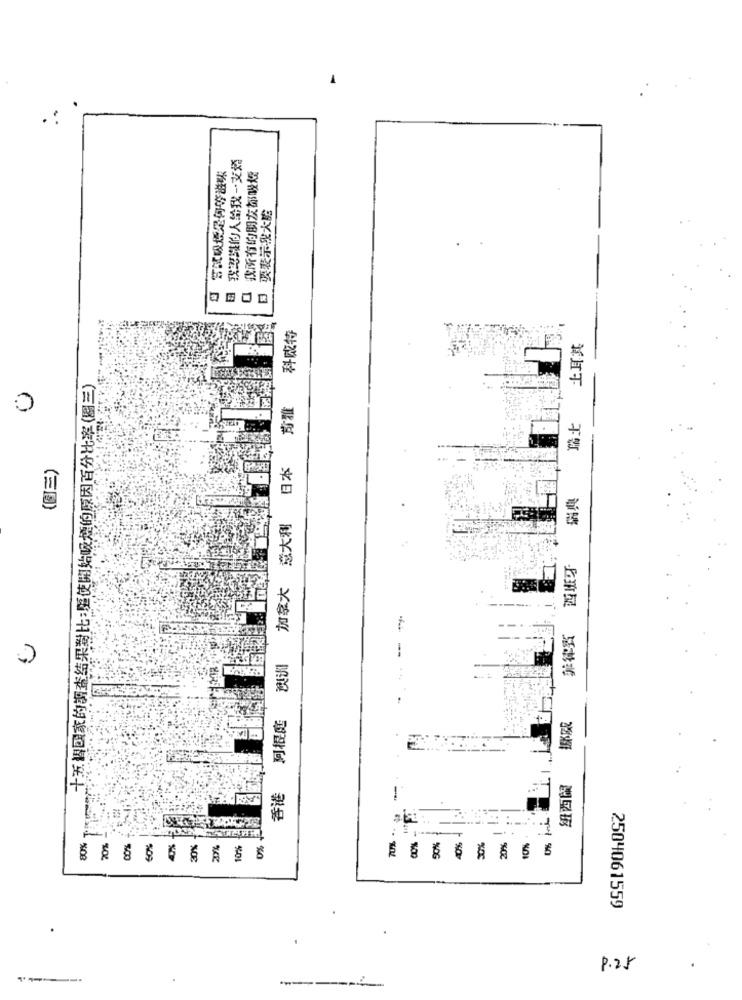
我認識的人给我一支塔
· 常就吸煙是何等滋味
我所有的朋友都吸煙
日 要表示出大館
科威特
土耳其
十五智國家的調查结果對比:驅使開始吸煙的原因百分比率(圖三)
南雅
C
瑞士
(圖三)
日本
瑞典
意大利
西班牙
加拿大
菲律賓
0
-
澳训
阿根庭
香港
紐西蘭
70%
80%
70%
COOK
COM
10%
0%
50%
40%
30%
20%
2504061559
8.25